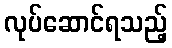
လုပ်ဆောင်ရသည့်